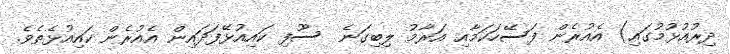
ދިރުއުޅުމުގައި) އެއުރެން ފަސޭހަކަމާއި އަރާމު ލިބިގަނެ  ސޫފި ކައިއުޅޭފަދައިން އެއުރެން ކައިއުޅެތެވެ.